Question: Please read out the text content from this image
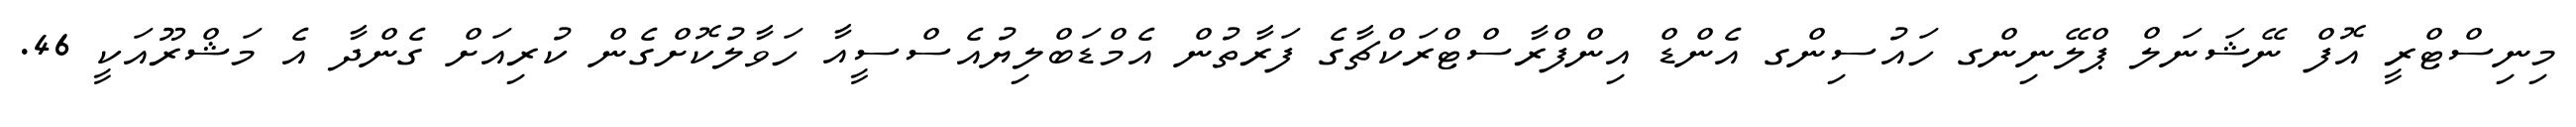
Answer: މިނިސްޓްރީ އޮފް ނޭޝަނަލް ޕްލޭނިންގ ހައުސިންގ އެންޑް އިންފްރާސްޓްރަކްޗާގެ ފަރާތުން އެމްޑަބްލިޔުއެސްސީއާ ހަވާލުކޮށްގެން ކުރިއަށް ގެންދާ އެ މަޝްރޫއަކީ 46.